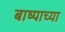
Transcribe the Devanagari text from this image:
बाष्पाच्या